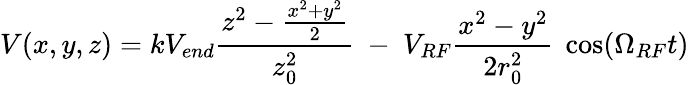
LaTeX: V(x,y,z)=kV_{end}\frac{z^{2}-\frac{x^{2}+y^{2}}{2}}{z_{0}^{2}}\ -\ V_{RF}\frac{x^{2}-y^{2}}{2r_{0}^{2}}\ \cos(\Omega_{RF}t)